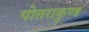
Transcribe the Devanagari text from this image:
पोतराकुण्ड